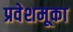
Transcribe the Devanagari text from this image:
प्रवेशमूका